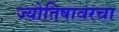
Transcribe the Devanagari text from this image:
ज्योतिषावरचा